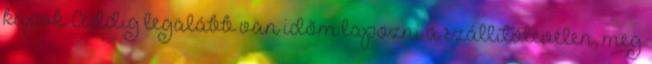
kapok. Addig legalább van időm lapozni a szállítólevélen, meg